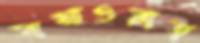
সাখাওয়াত্